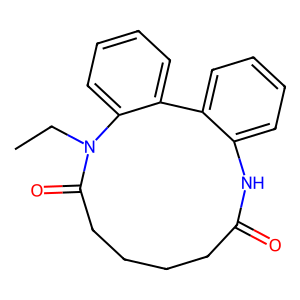
SMILES: CCN1C(=O)CCCCC(=O)Nc2ccccc2-c2ccccc21
Inhibits HIV replication: No